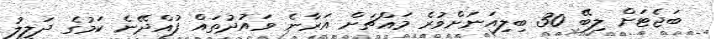
ބަޖެޓަށް ލިބޭ 30 ބިލިއަނަށްވުރެ މައްޗަށް އަރާނެ ވައުދުތައް ފުއްދޭނެ ކަމުގެ ދަލީލު